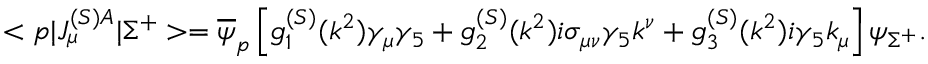
< p | J _ { \mu } ^ { ( S ) A } | \Sigma ^ { + } > = \overline { { \psi } } _ { p } \left[ g _ { 1 } ^ { ( S ) } ( k ^ { 2 } ) \gamma _ { \mu } \gamma _ { 5 } + g _ { 2 } ^ { ( S ) } ( k ^ { 2 } ) i \sigma _ { \mu \nu } \gamma _ { 5 } k ^ { \nu } + g _ { 3 } ^ { ( S ) } ( k ^ { 2 } ) i \gamma _ { 5 } k _ { \mu } \right] \psi _ { \Sigma ^ { + } } .